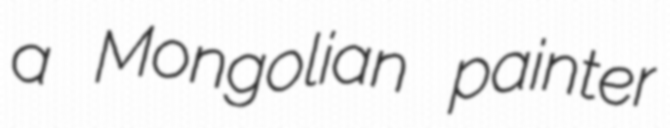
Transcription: a Mongolian painter